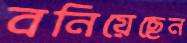
বনিয়েছেন